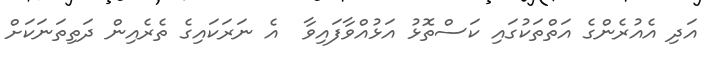
އަދި އެއުރެންގެ އަތްތަކުގައި ކަސްތޮޅު އަޅުއްވާފައިވާ  އެ ނަރަކައިގެ ތެރެއިން ދަތިތަނަކަށް